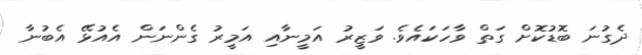
ދެގުނަ ބޮޑުކޮށް ގަތް ވާހަކައެވެ. ވަޒީރު އަމީނާއި އަމީރު ގެންނަން އެއުޅޭ އެބުނާ